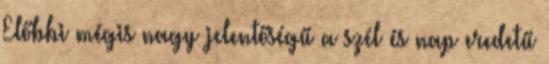
Előbbi mégis nagy jelentőségű a szél és nap eredetű